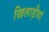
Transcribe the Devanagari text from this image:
खिलाड़ीयां